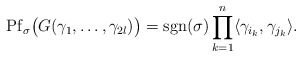
\begin{align*} \mathrm{Pf}_{\sigma}\big(G(\gamma_1,\dots,\gamma_{2l})\big)=\mathrm{sgn}(\sigma) \prod_{k=1}^{n}\langle \gamma_{i_k}, \gamma_{j_k}\rangle.\end{align*}